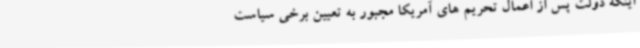
اینکه دولت پس از اعمال تحریم های آمریکا مجبور به تعیین برخی سیاست